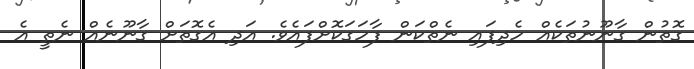
ގޮތުން ގާނޫނުތަކެއް ހެދިފައި ނެތްކަން ފާހަގަކޮށްފައެވެ. އަދި އެގޮތަށް ގާނޫނެއް ނެތީ އެ